Indian journal of veterinary science and animal husbandry - Volumes 22-23, 1952-1953
Year: 1952
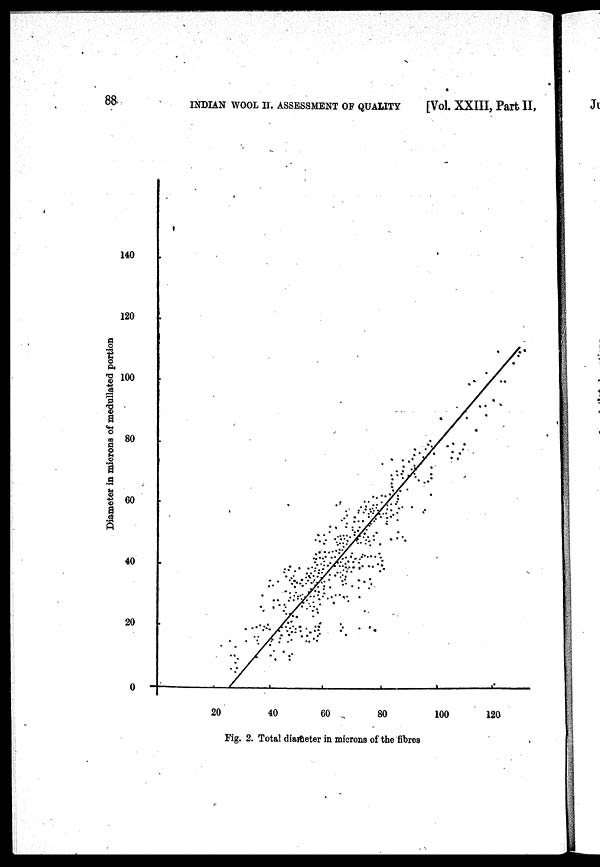
88
INDIAN WOOL II. ASSESSMENT OF QUALITY
[Vol. XXIII, Part II,
Fig. 2. Total diameter in microns of the fibres